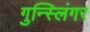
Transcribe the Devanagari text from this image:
गुन्स्लिंगर